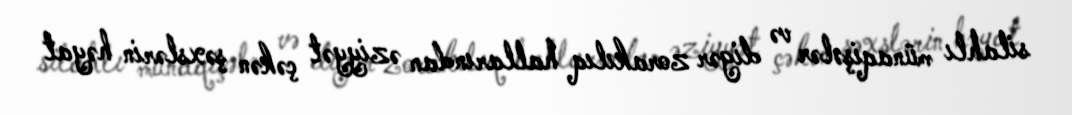
silahlı münaqişələr və digər zorakılıq hallarından əziyyət çəkən şəxslərin həyat